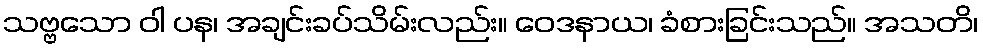
သဗ္ဗသော ဝါ ပန၊ အချင်းခပ်သိမ်းလည်း။ ဝေဒနာယ၊ ခံစားခြင်းသည်။ အသတိ၊